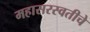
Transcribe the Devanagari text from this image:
महासरस्वतीचे